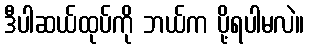
ဒီပါဆယ်ထုပ်ကို ဘယ်က ပို့ရပါမလဲ။